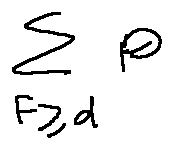
\sum \limits _ { F \geq d } P